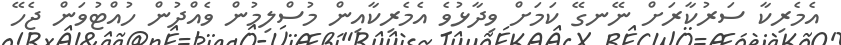
އެމެރިކާ ސަރުކާރަށް ނޭނގޭ ކަމަށް ވިދާޅުވެ އެމެރިކާއިން މުސްލިމުން ވެއްދުން ހުއްޓުވަން ޖެހޭ